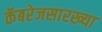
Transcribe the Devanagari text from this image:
कॅबरेजसारख्या